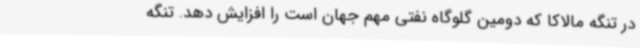
در تنگه مالاکا که دومین گلوگاه نفتی مهم جهان است را افزایش دهد. تنگه